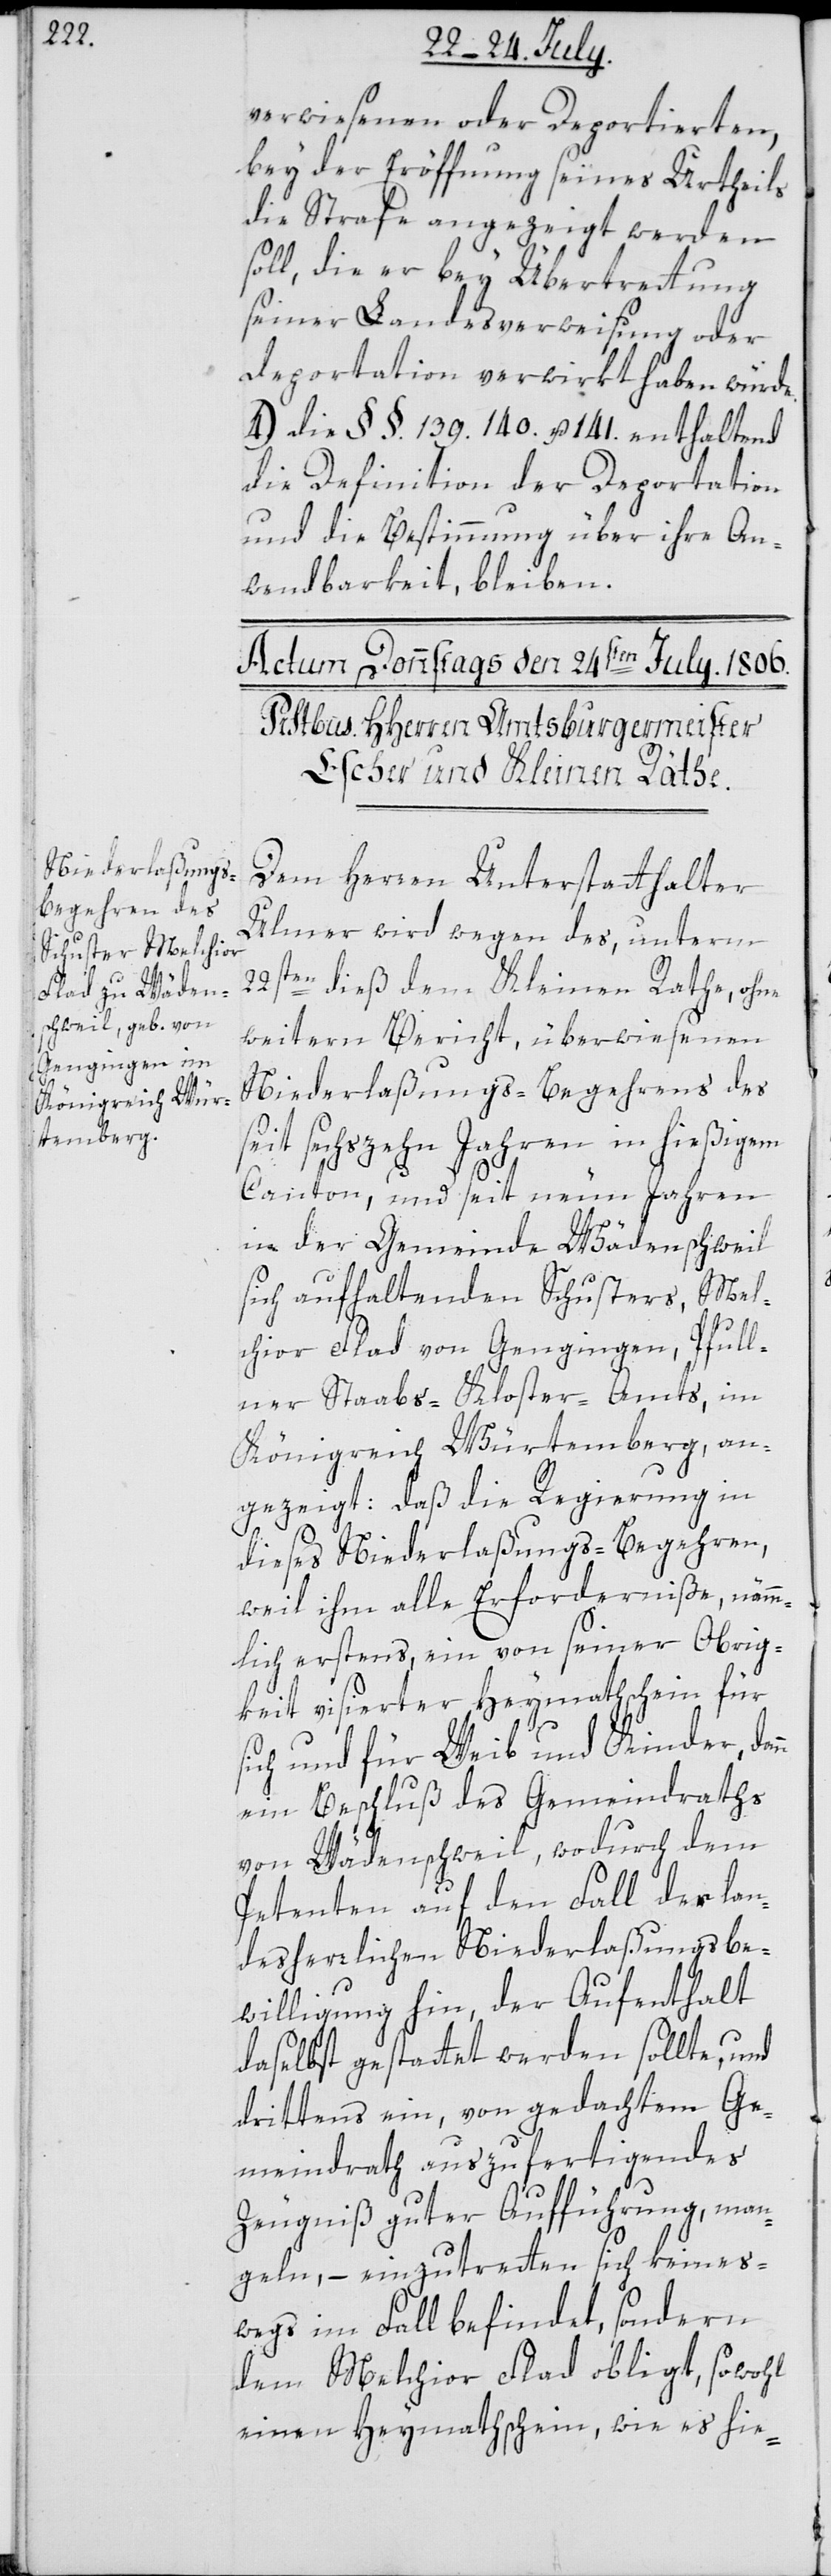
verwiesenen oder Deportierten,
bey der Eröffnung seines Urtheils
die Strafe angezeigt werden
soll, die er bey Übertrettung
seiner Landesverweisung oder
Deportation verwirkt haben würde.
4.) Die §§. 139. 140. u. 141. enthaltend
die Definition der Deportation
und die Bestimmung über ihre An¬
wendbarkeit, bleiben.
Dem Herren Unterstatthalter
Ulmer wird wegen des, unterm
22sten dieß dem Kleinen Rathe, ohne
weitern Bericht, überwiesenen
Niederlaßungs-Begehrens des
seit sechszehn Jahren in hießigem
Canton, und seit neun Jahren
in der Gemeinde Wädenschweil
sich aufhaltenden Schusters, Mel¬
n
chior Flad von Gengingen, Pfull¬
ner Staabs-Kloster-Amts, im
Königreich Würtemberg, an¬
gezeigt: daß die Regierung in
dieses Niederlaßungs-Begehren,
weil ihm alle Erforderniße, nämm¬
lich erstens, ein von seiner Obrig¬
keit visierter Heymathschein für
sich und für Weib und Kinder, dan¬
ein Beschluß des Gemeindraths
von Wädenschweil, wodurch dem
Petenten auf den Fall der lan¬
desherrlichen Niederlaßungsbe¬
willigung hin, der Aufenthalt
daselbst gestattet werden sollte, und
drittens ein, von gedachtem Ge¬
meindrath auszufertigendes
Zeugniß guter Aufführung, man¬
geln, – einzutretten sich keines¬
wegs im Fall befindet, sondern
dem Melchior Flad obligt, sowohl
einen Heymathschein, wie es hie-